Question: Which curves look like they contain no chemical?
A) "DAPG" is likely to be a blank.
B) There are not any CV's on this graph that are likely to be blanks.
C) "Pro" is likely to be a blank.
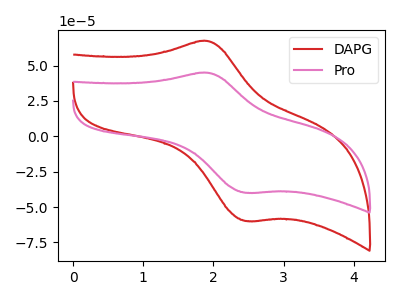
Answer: <think>The red curve "DAPG" has an anodic peak at (1.90V, 67.35uA) and a cathodic peak at (2.45V, -59.85uA). The pink curve "Pro" has an anodic peak at (1.90V, 44.90uA) and a cathodic peak at (2.45V, -39.90uA).</think>
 <answer>B) There are not any CV's on this graph that are likely to be blanks.</answer>
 <eval>B</eval>